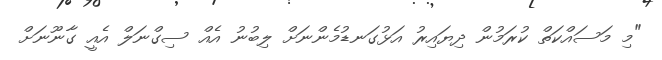
"މި މަސައްކަތް ކުރަމުން ދިޔައިރު އަޅުގަނޑުމެންނަށް ލިބުނު އެއް ސިގްނަލް އެއީ ގާނޫނަށް